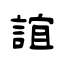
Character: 誼